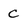
Character: c